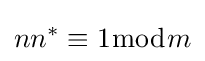
nn^{*}\equiv 1{\bmod {m}}